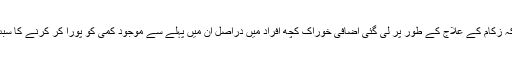
یعنی کہ زکام کے علاج کے طور پر لی گئی اضافی خوراک کچھ افراد میں دراصل ان میں پہلے سے موجود کمی کو پورا کر کرنے کا سبب بنی۔